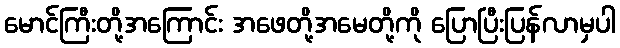
မောင်ကြီးတို့အကြောင်း အဖေတို့အမေတို့ကို ပြောပြီးပြန်လာမှပါ